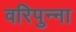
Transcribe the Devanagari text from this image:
वरिपुन्‍ना